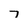
Character: 7